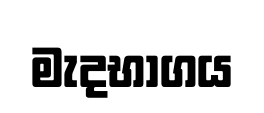
මැදභාගය